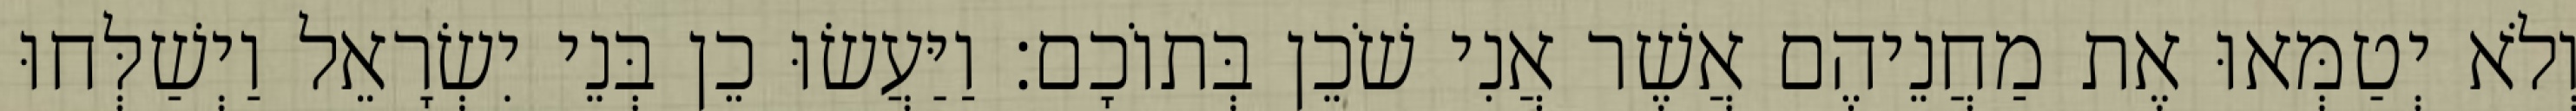
וְלֹא יְטַמְּאוּ אֶת מַחֲנֵיהֶם אֲשֶׁר אֲנִי שֹׁכֵן בְּתוֹכָם׃ וַיַּעֲשׂוּ כֵן בְּנֵי יִשְׂרָאֵל וַיְשַׁלְּחוּ